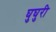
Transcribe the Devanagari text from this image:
घुघुरी